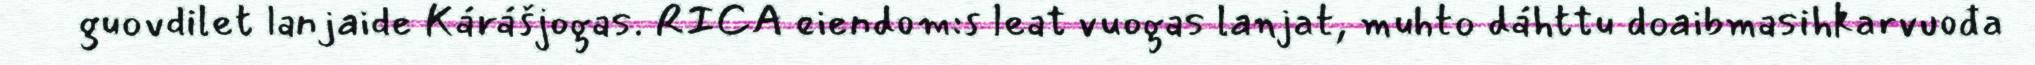
guovdilet lanjaide Kárášjogas. RICA eiendom:s leat vuogas lanjat, muhto dáhttu doaibmasihkarvuođa